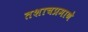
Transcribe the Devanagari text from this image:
तशाचप्रमाणे